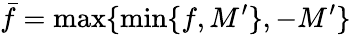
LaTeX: \bar{f}=\operatorname*{max}\{ \operatorname*{min}\{ f,M^{\prime}\} ,-M^{\prime}\}